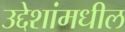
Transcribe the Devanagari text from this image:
उद्देशांमधील